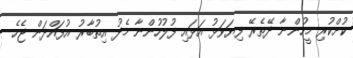
ކުށްކުރި މީހުންނާ ދޭތެރޭ ފިޔަވަޅު އަޅައި ފުލުހުންނާ މެދު އިތުބާރު އުފައްދަން ޖެހެ